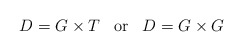
\begin{align*}D=G \times T \; \; \; \mbox{or} \; \; \; D = G \times G\end{align*}